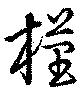
槿